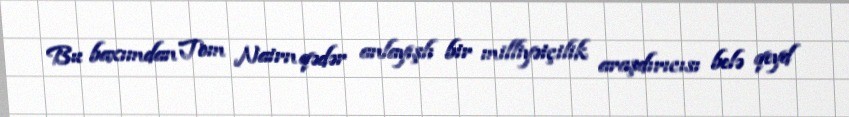
Bu baxımdan Tom Nairn qədər anlayışlı bir milliyətçilik araşdırıcısı belə qeyd